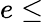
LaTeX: e\leq